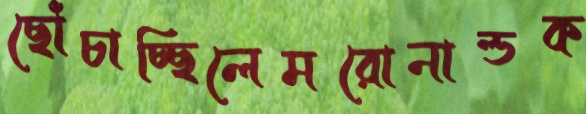
ছোঁচাচ্ছিলেমরোনাল্ডক